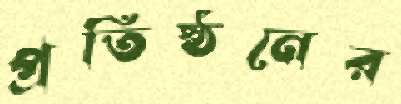
প্রতিষ্ঠনের